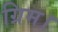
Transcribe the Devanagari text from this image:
ग्रिम।